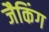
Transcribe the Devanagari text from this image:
जैकिंग